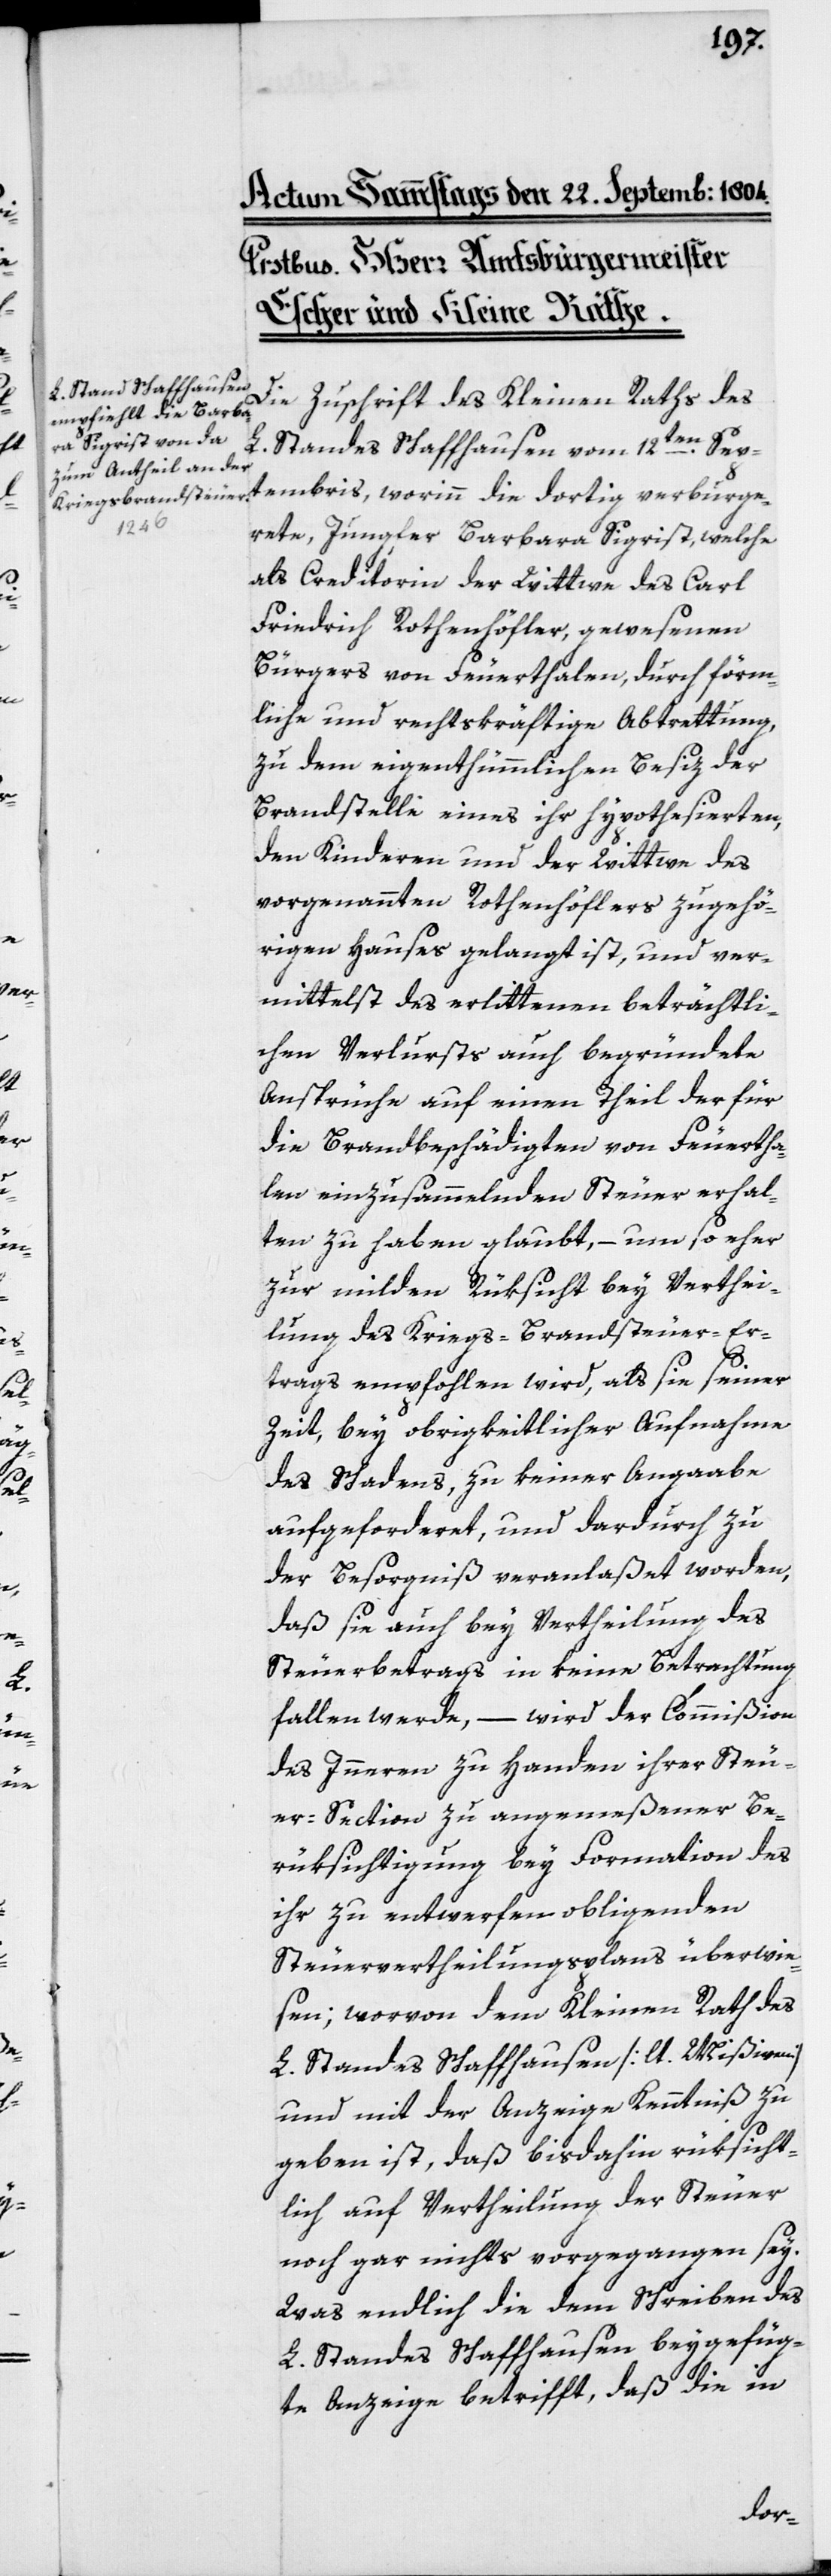
Die Zuschrift des Kleinen Raths des
L. Standes Schaffhausen vom 12ten Sep¬
tembris, worinn die dortig verburge¬
rte Jungfer Barbara Sigrist , welche
als Creditorin der Witwe des Carl
Friedrich Rothenhöfler, gewesenen
Bürgers von Feuerthalen, durch förm¬
liche und rechtskräftige Abtretung,
zu dem eigenthümlichen Besiz der
Brandstelle eines ihr hypothesierten,
den Kinderen und der Wittwe des
vorgenannten Rothenhöflers zugehö¬
rigen Hauses gelangt ist, und ver¬
mittelst des erlittenen beträchtli¬
chen Verlursts auch begründete
Ansprüche auf einen Theil der für
die Brandbeschädigten von Feuertha¬
len einzusammelnden Steuer erhal¬
ten zu haben glaubt, – um so eher
zur milden Rüksicht bey Verthei¬
lung des Kriegs-Brandsteuer-Er¬
trags empfohlen wird, als sie seiner
Zeit, bey obrigkeitlicher Aufnahme
des Schadens, zu keiner Angabe
aufgeforderet, und dardurch zu
der Besorgnis veranlaßet worden,
daß sie auch bey Vertheilung des
Steuerbetrags in keine Betrachtung
fallen werde, – wird der Commißion
des Innern zu Handen ihrer Steu¬
ersection zu angemeßener Be¬
rüksichtigung bey Formation des
ihr zu entwerfen obliegenden
Steuervertheilungsplans überwie¬
sen; worvon dem Kleinen Rath des
L. Standes Schaffhausen [lt. Mißiven]
und mit der Anzeige Kenntniß zu
geben ist, daß bis dahin rüksicht¬
lich auf Vertheilung der Steuer
noch gar nichts vorgegangen sei.
Was endlich die dem Schreiben des
L. Standes Schaffhausen beygefüg¬
te Anzeige betrifft, daß die in